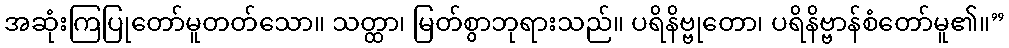
အဆုံးကြပြုတော်မူတတ်သော။ သတ္ထာ၊ မြတ်စွာဘုရားသည်။ ပရိနိဗ္ဗုတော၊ ပရိနိဗ္ဗာန်စံတော်မူ၏။”